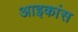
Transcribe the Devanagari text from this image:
आइकांस